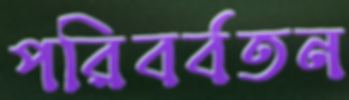
পরিবর্বতন